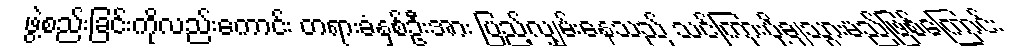
ဖွဲ့စည်းခြင်းကိုလည်းကောင်း တရားခံနှစ်ဦးအား ပြည့်လျှမ်းနေသည် သင်ကြားပို့ချသွားမည်ဖြစ်ကြောင်း